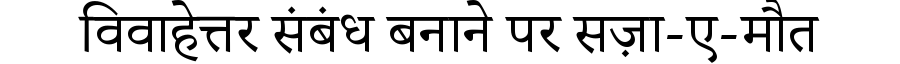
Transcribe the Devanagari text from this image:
विवाहेत्तर संबंध बनाने पर सज़ा-ए-मौत